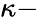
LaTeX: \kappa-